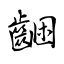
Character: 齫